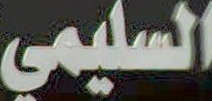
السليمي